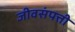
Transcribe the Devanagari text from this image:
जीवसंपत्ती